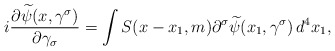
\begin{align*}i \frac{\partial \widetilde{\psi}(x, \gamma^\sigma)}{\partial \gamma_\sigma} = \int S(x - x_1, m) \partial^\sigma \widetilde{\psi}(x_1, \gamma^\sigma) \, d^4x_1,\end{align*}